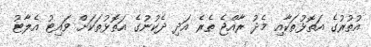
އުތުރުގެ އަތޮޅުތަކާއި މެދު ރާއްޖެ ތެރެ އަދި ދެކުނުގެ އަތޮޅުތަކަށް ވައިޓު އެލާޓު